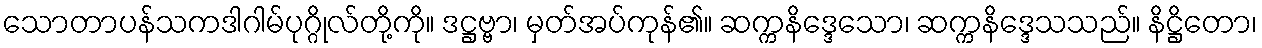
သောတာပန်သကဒါဂါမ်ပုဂ္ဂိုလ်တို့ကို။ ဒဋ္ဌဗ္ဗာ၊ မှတ်အပ်ကုန်၏။ ဆက္ကနိဒ္ဒေသော၊ ဆက္ကနိဒ္ဒေသသည်။ နိဋ္ဌိတော၊